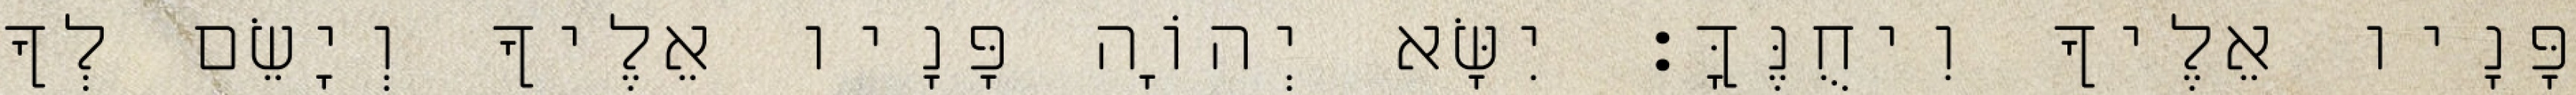
פָּנָיו אֵלֶיךָ וִיחֻנֶּךָּ׃ יִשָּׂא יְהוָֹה פָּנָיו אֵלֶיךָ וְיָשֵׂם לְךָ